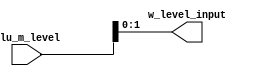
`timescale 1ns / 1ps
//////////////////////////////////////////////////////////////////////////////////
// Company: 
// Engineer: 
// 
// Design Name: 
// Module Name:    fen_wei_qi 
// Project Name: 
// Target Devices: 
// Tool versions: 
// Description: 
//
// Dependencies: 
//
// Revision: 
// Revision 0.01 - File Created
// Additional Comments: 
//
//////////////////////////////////////////////////////////////////////////////////
module fen_wei_qi(
    input [31:0] alu_m_level,
    output [1:0] w_level_input
    );
	 assign w_level_input = alu_m_level[1:0];

endmodule